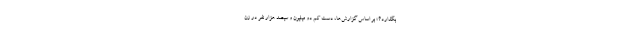
بگذارد؟» بر اساس گزارش‌ها، دست کم دو میلیون و سیصد هزار نفر در زن